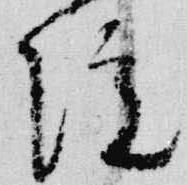
院